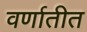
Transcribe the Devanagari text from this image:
वर्णातीत